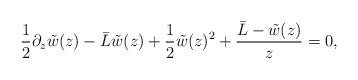
LaTeX: \begin{align*}{1\over 2}\partial_z \tilde w(z)-{\bar L} \tilde w(z)+ {1\over 2}\tilde w(z)^2+{ {{\bar L}-\tilde w(z)}\over {z}} = 0,\end{align*}